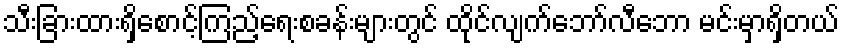
သီးခြားထားရှိစောင့်ကြည့်ရေးစခန်းများတွင် ထိုင်လျက်ဘော်လီဘော မင်းမှာရှိတယ်